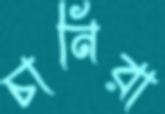
চানিরা